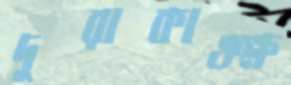
দুরাকাঙ্ক্ষ